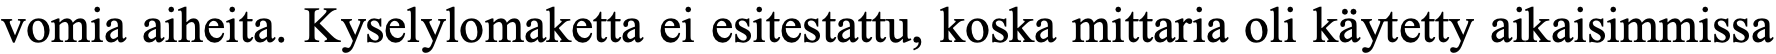
vomia aiheita. Kyselylomaketta ei esitestattu, koska mittaria oli käytetty aikaisimmissa